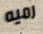
رميه